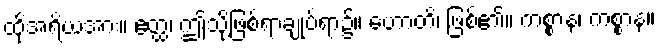
ထိုအရိယအား။ ဧတ္ထ၊ ဤသို့ဖြစ်ရာချုပ်ရာ၌။ ဟောတိ၊ ဖြစ်၏။ ကစ္စာန၊ ကစ္စာန။